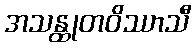
အသန္ထုတဝိဿာသီ